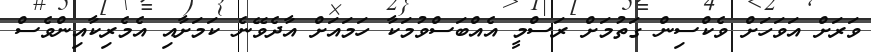
ވަރަށް އަވަހަށް ވެކްސިން ގަތުމަށް ރަސްމީ އެއްބަސްވުމަކާ ހަމައަށް އާދެވޭނެ ކަމަށާއި އެމެރިކާއިންވެސް